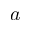
a